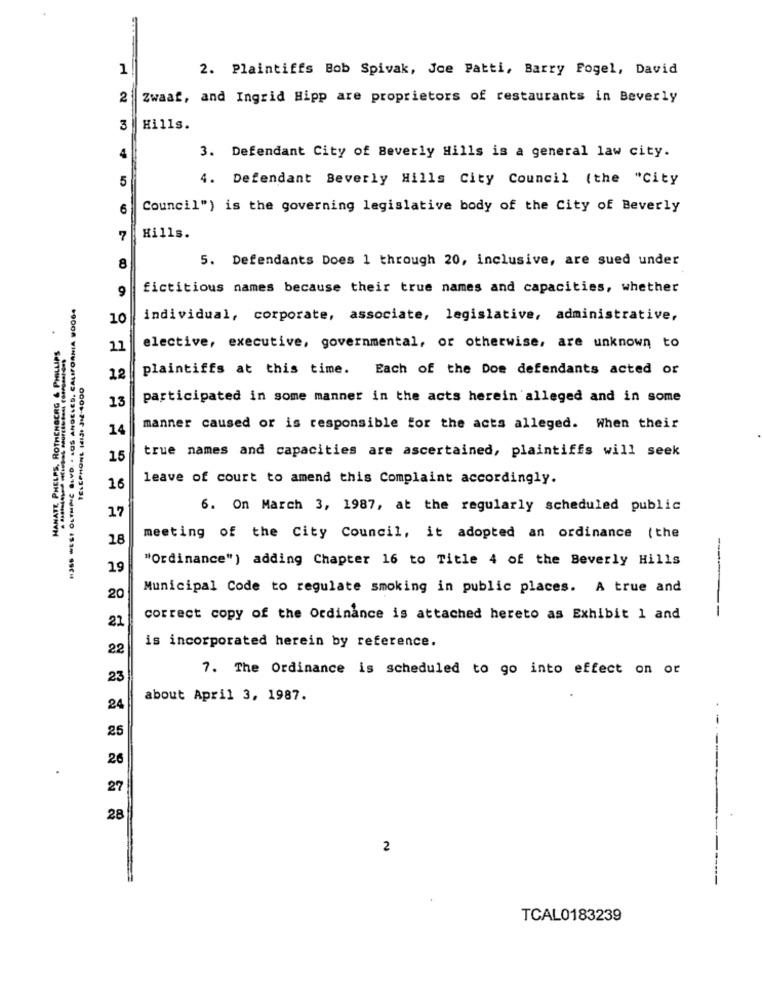
1
2. Plaintiffs Bob Spivak, Joe Patti, Barry Fogel, David
2
Zwaar, and Ingrid Hipp are proprietors of restaurants in Beverly
3
Hills.
4
3. Defendant City of Beverly Hills is a general law city.
5
4. Defendant Beverly Hills City Council (the "City
Council") is the governing legislative body of the City of Beverly
7
Hills.
8
5. Defendants Does 1 through 20, inclusive, are sued under
9
fictitious names because their true names and capacities, whether
H356 WEST OUTHPIC BLVD. . LOS ANGELES, CALIFORNIA WOOG.
10
individual, corporate, associate, legislative, administrative,
HAMATT, PHELPS, ROTHENGCRG & PHILLIPS
11
elective, executive, governmental, or otherwise, are unknown to
plaintiffs at this time. Each of the Doe defendants acted or
TELEPHONE WIJI JM-4000
12
13
participated in some manner in the acts herein alleged and in some
14
manner caused or is responsible for the acts alleged. When their
true names and capacities are ascertained, plaintiffs will seek
15
leave of court to amend this Complaint accordingly.
16
17
6. On March 3, 1987, at the regularly scheduled public
18
meeting of the City Council, it adopted an ordinance (the
"Ordinance") adding Chapter 16 to Title 4 of the Beverly Hills
19
Municipal Code to regulate smoking in public places. A true and
20
------
21
correct copy of the Ordinance is attached hereto as Exhibit 1 and
is incorporated herein by reference.
22
7. The Ordinance is scheduled to go into effect on or
23
about April 3, 1987.
24
25
----
26
27
28
2
---
TCAL0183239